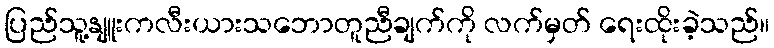
ပြည်သူ့နျူးကလီးယားသဘောတူညီချက်ကို လက်မှတ် ရေးထိုးခဲ့သည်။